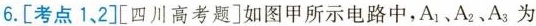
6.[考点1、2][四川高考题]如图甲所示电路中，A_{1}、A_{2}、A_{3}为